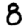
Digit: 8